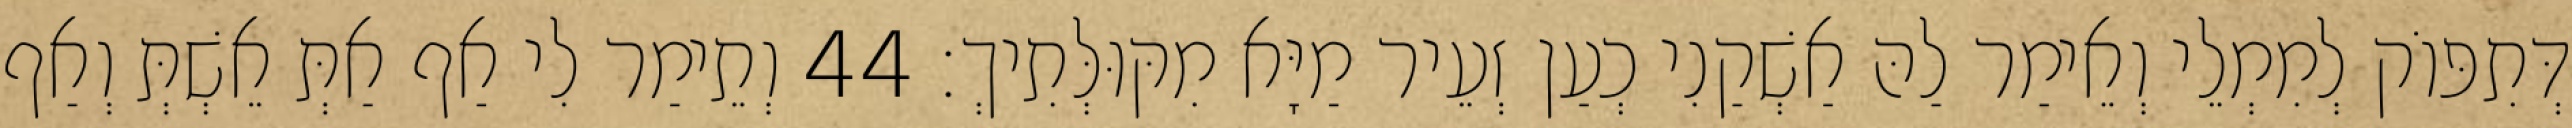
דְּתִפּוֹק לְמִמְלֵי וְאֵימַר לַהּ אַשְׁקַנִי כְעַן זְעֵיר מַיָּא מִקּוּלְּתִיךְ׃ 44 וְתֵימַר לִי אַף אַתְּ אֵשְׁתְּ וְאַף